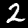
Label: 2